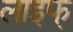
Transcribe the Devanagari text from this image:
लाइफ्